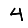
Digit: 4